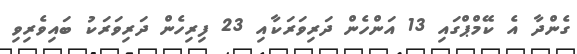
ގެންދާ އެ ކޭމްޕްގައި 13 އަންހެން ދަރިވަރަކާއި 23 ފިރިހެން ދަރިވަރަކު ބައިވެރިވި